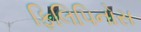
ફિલિપિનોસ